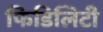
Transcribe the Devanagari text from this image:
फिडिलिटी